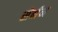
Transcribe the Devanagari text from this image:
सेर्नन